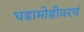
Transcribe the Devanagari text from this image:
घडामोडीवरचं